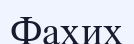
Фахих